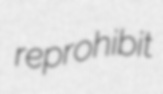
reprohibit